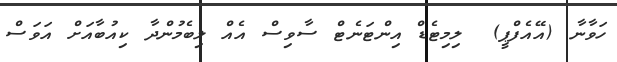
ހަވާނާ (އޭއެފްޕީ)  ލިމިޓެޑް އިންޓަނެޓް ސާވިސް އެއް ލިބެމުންދާ ކިއުބާއަށް އަވަސް